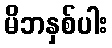
မိဘနှစ်ပါး